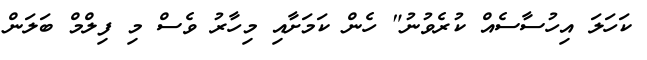
ކަހަލަ އިހުސާސެއް ކުރެވުނު" ހެން ކަމަށާއި މިހާރު ވެސް މި ފިލްމް ބަލަން